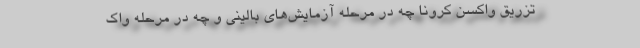
تزریق واکسن کرونا چه در مرحله آزمایش‌های بالینی و چه در مرحله واک